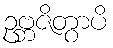
ဥဗ္ဘဇိတွာပိ